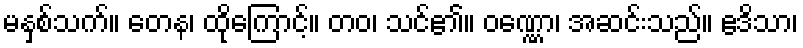
မနှစ်သက်။ တေန၊ ထိုကြောင့်။ တဝ၊ သင်၏။ ဝဏ္ဏော၊ အဆင်းသည်။ ဧဒိသာ၊